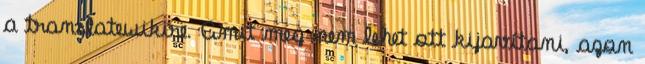
a translatewikire. Amit meg nem lehet ott kijavítani, azon